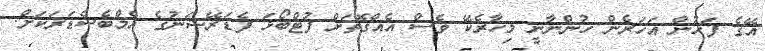
އޭގެ ފަހުން އަހަރެން ހުންނާނީ މިހާރެކޭ ވެސް އެއްގޮތަށް ފުޓްބޯޅަ ފެޑަރޭޝަނުގެ އެމްބެސެޑަރަކަށް.